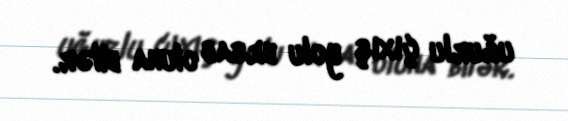
uğurlu çıxış yolu hesab oluna bilər.